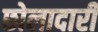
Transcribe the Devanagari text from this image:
छोलादारी